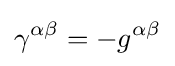
\gamma ^{\alpha \beta }=-g^{\alpha \beta }